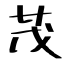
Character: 茂